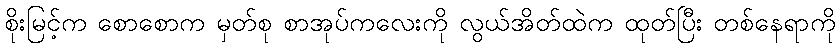
စိုးမြင့်က စောစောက မှတ်စု စာအုပ်ကလေးကို လွယ်အိတ်ထဲက ထုတ်ပြီး တစ်နေရာကို